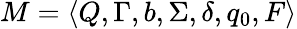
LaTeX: M=\langle Q,\Gamma,b,\Sigma,\delta,q_{0},F\rangle